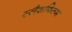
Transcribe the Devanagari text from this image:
स्लैशफिल्म